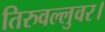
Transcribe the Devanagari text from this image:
तिरुवल्लुवर।